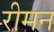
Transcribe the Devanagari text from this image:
रीमन